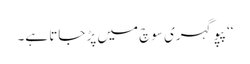
‘‘ پپو گہری سوچ میں پڑ جاتا ہے۔